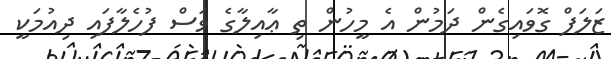
ޒަލަފް ގޮވައިގެން ދަމުން އެ މީހުން ތި ޢާއިލާގެ ވަސް ފުހެލާފައި ދިއުމަކީ